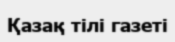
Қазақ тілі газеті